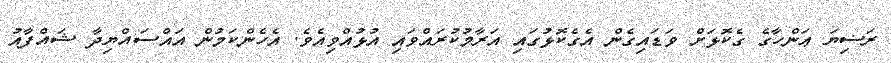
ރަޟިޔަ ޢަންހާގެ ގެކޮޅަށް ވަޑައިގެން އެގެކޮޅުގައި އަރާމުކުރައްވައި އުޅުއްވިއެވެ. އެހެންކަމުން އައްސައްޔިދާ ޝައްފާއު